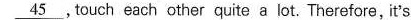
\underline{45} ，touch each other quitea lot There fore